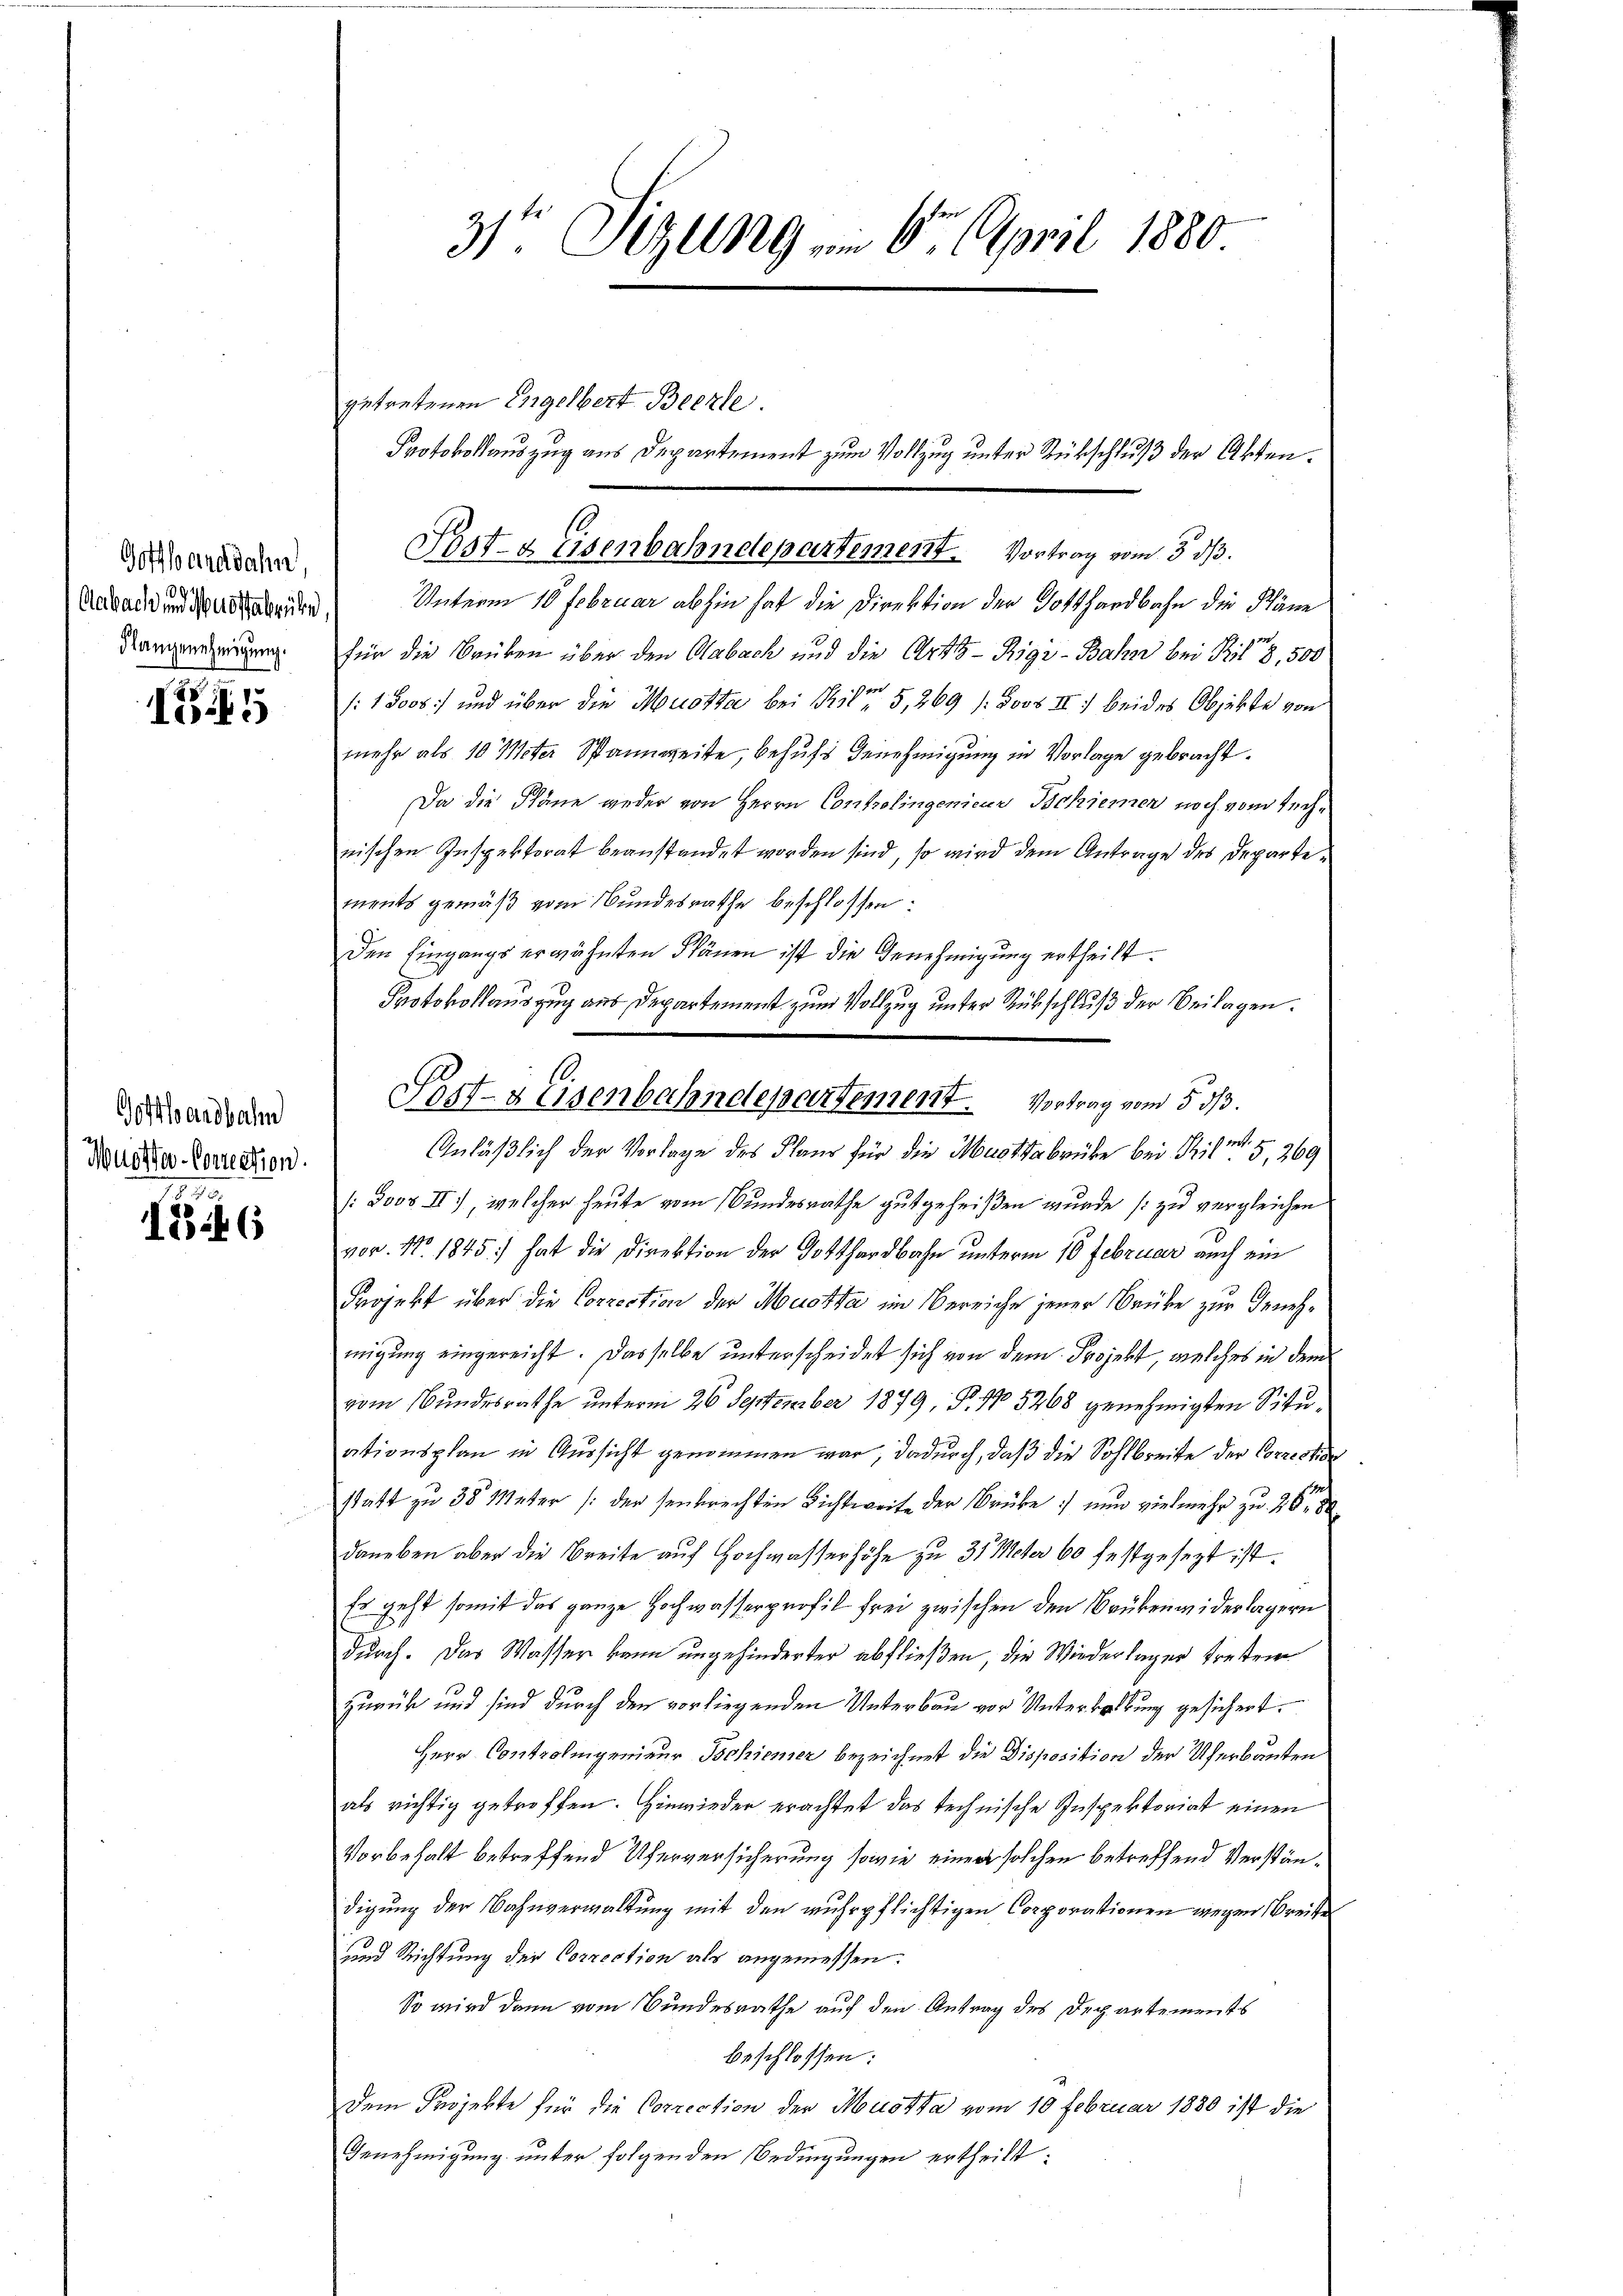
Gotthardbahn,
Klangenehmigung.

I

Gotthardbahn
Muosser-Correction.

1770.
1346

31ten Sitzung am 6. April 1880

getretenen Engelbert Beczle.
Post- & Eisenbahndepartement. Vortrag vom 3. ds.

Andauernden Unterm 10 Februar abhin hat die Direktion der Gotthardbahn die Pläne
für die Brüken über den Aabach und die Artitz- Rigi-Bahn bei Pil 8,500
:1000 und über die Mouotta bei Pile 5, 269 /:Joob II: beides Objekte von
mehr als 10 Meter Spannweite, behufs Genehmigung in Vorlage gebracht.
Da die Pläne weder von Herrn Controlingenieur Schienen noch vom Rechnischen Inspektorat beanstandet worden sind, so wird dem Antrage des Departements gemäß vom Bundesrathe beschlossen:
Den Eingangs erwähnten Schönen ist die Genehmigung ertheilt.
Protokollauszug aus Departement zum Vollzug unter Rückschluß der Beilagen.
Anläßlich der Vorlage des Flaus für die Mustdabrüke bei Prim. 5, 369
/:Jooz II), welcher heute vom Bundesrathe gutgeheißen wurde (zu vergleichen
vor. No. 1845) hat die Direktion der Gotthardbahn unterm 10 Februar auch ein
Projekt über die Correction der Mustka im Bereiche jener Brüke zur Genehmigung eingereicht. Dasselbe unterscheidet sich von dem Projekt, welches in dem
vom Bundesrathe unterm 26 September 1879, Fr. 15268 genehmigten Situationsplan in Aussicht genommen war, dadurch, daß die Sohlbreite der Correction
statt zu 35 Meter (der senkrechten Lichtweite der Brüke :/ nun vielmehr zu 26
daneben aber die Breite auf Hochwasserhöhe zu 35 Meter 60 festgesezt ist.
Es geht somit das ganze Hochwasserprofil frei zwischen den Brükenwiderlagern
durch. Das Wasser kann ungehinderter abfließen, die Wiederlager treten
zurück und sind durch den vorliegenden Unterbau vor Unterbebung gesichert.
Herr Controlingenieur Schiener bezeichnet die Disposition der Uferbauten
als richtig getroffen. Hinwieder erachtet das technische Inspektoriat einen
Vorbehalt betreffend Uferversicherung sowie einen solchen betreffend Verständigung der Bahnverwaltung mit den wuhrpflichtigen Corporationen wegen Breite
und Richtung der Correction als angemessen.
So wird dann vom Bundesrathe auf den Antrag des Departements
beschlossen:
Dem Projekte für die Correction der Mustta vom 10 Februar 1880 ist die
Genehmigung unter folgenden Bedingungen ertheilt:

Protokolauszug aus Departement zum Vollzug unter Rückschluß der Akten.

Sast- & Eisenbahndepartement. Vortrag vom 5 3/3.